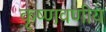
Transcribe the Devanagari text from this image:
कृष्णवणीय